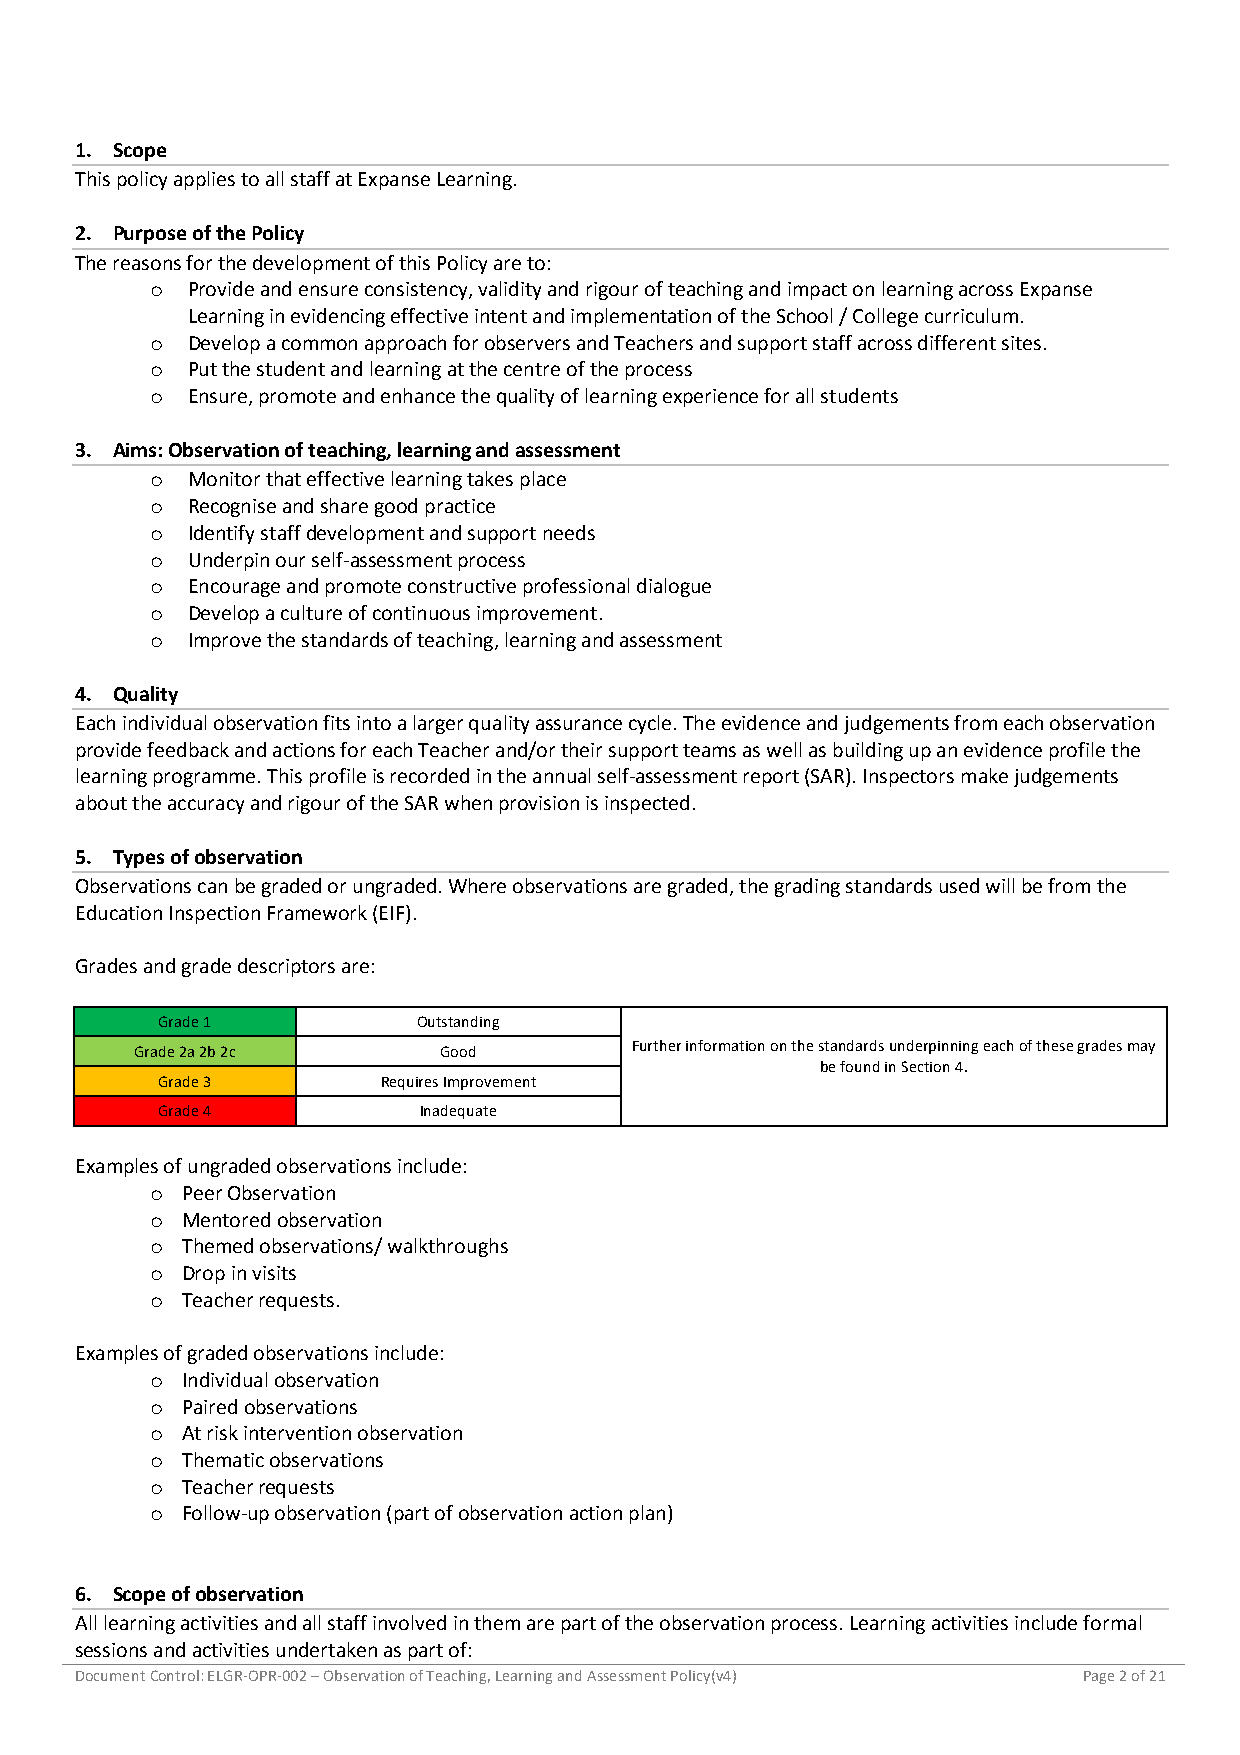
1. Scope
 This policy applies to all staff at Expanse Learning.
 2. Purpose of the Policy
 The reasons for the development of this Policy are to:
 o Provide and ensure consistency, validity and rigour of teaching and impact on learning across Expanse
 Learning in evidencing effective intent and implementation of the School / College curriculum.
 o Develop a common approach for observers and Teachers and support staff across different sites.
 o Put the student and learning at the centre of the process
 o Ensure, promote and enhance the quality of learning experience for all students
 3. Aims: Observation of teaching, learning and assessment
 o Monitor that effective learning takes place
 o Recognise and share good practice
 o Identify staff development and support needs
 o Underpin our self-assessment process
 o Encourage and promote constructive professional dialogue
 o Develop a culture of continuous improvement.
 o Improve the standards of teaching, learning and assessment
 4. Quality
 Each individual observation fits into a larger quality assurance cycle. The evidence and judgements from each observation
 provide feedback and actions for each Teacher and/or their support teams as well as building up an evidence profile the
 learning programme. This profile is recorded in the annual self-assessment report (SAR). Inspectors make judgements
 about the accuracy and rigour of the SAR when provision is inspected.
 5. Types of observation
 Observations can be graded or ungraded. Where observations are graded, the grading standards used will be from the
 Education Inspection Framework (EIF).
 Grades and grade descriptors are:
 Grade 1           Outstanding
 Grade 2a 2b 2c      Good         Further information on the standards underpinning each of these grades may
 be found in Section 4.
 Grade 3        Requires Improvement
 Grade 4           Inadequate
 Examples of ungraded observations include:
 o Peer Observation
 o Mentored observation
 o Themed observations/ walkthroughs
 o Drop in visits
 o Teacher requests.
 Examples of graded observations include:
 o Individual observation
 o Paired observations
 o At risk intervention observation
 o Thematic observations
 o Teacher requests
 o Follow-up observation (part of observation action plan)
 6. Scope of observation
 All learning activities and all staff involved in them are part of the observation process. Learning activities include formal
 sessions and activities undertaken as part of:
 Document Control: ELGR-OPR-002 – Observation of Teaching, Learning and Assessment Policy(v4) Page 2 of 21